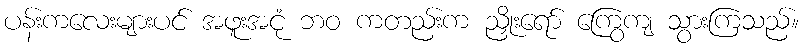
ပန်းကလေးများပင် အဖူးအငုံ ဘဝ ကတည်းက ညှိုးရော် ကြွေကျ သွားကြသည်။